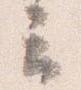
云